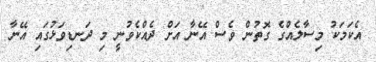
އެކަމަކު މިސާލެއްގެ ގޮތުން ވެސް އޭނާ އަށް ދެއްކެވުނީ މި ދަނޑިވަޅުގައި އޭނާ